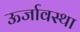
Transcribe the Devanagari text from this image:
ऊर्जावस्था